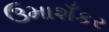
ઉમાશઁકર